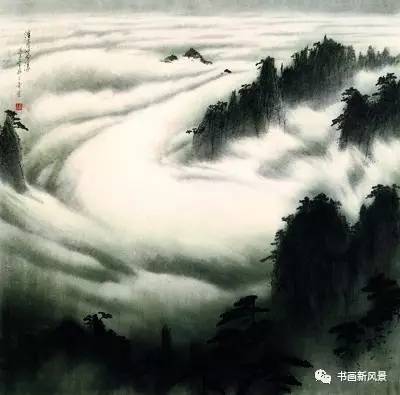
忽然更作渔阳掺，黄云萧条白日暗。